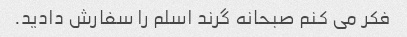
فکر می کنم صبحانه گرند اسلم را سفارش دادید.